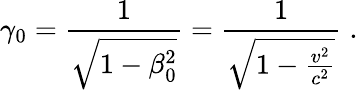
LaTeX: \gamma_{0}=\frac{1}{\sqrt{1-\beta_{0}^{2}}}=\frac{1}{\sqrt{1-\frac{v^{2}}{c^{2}}}}\; .